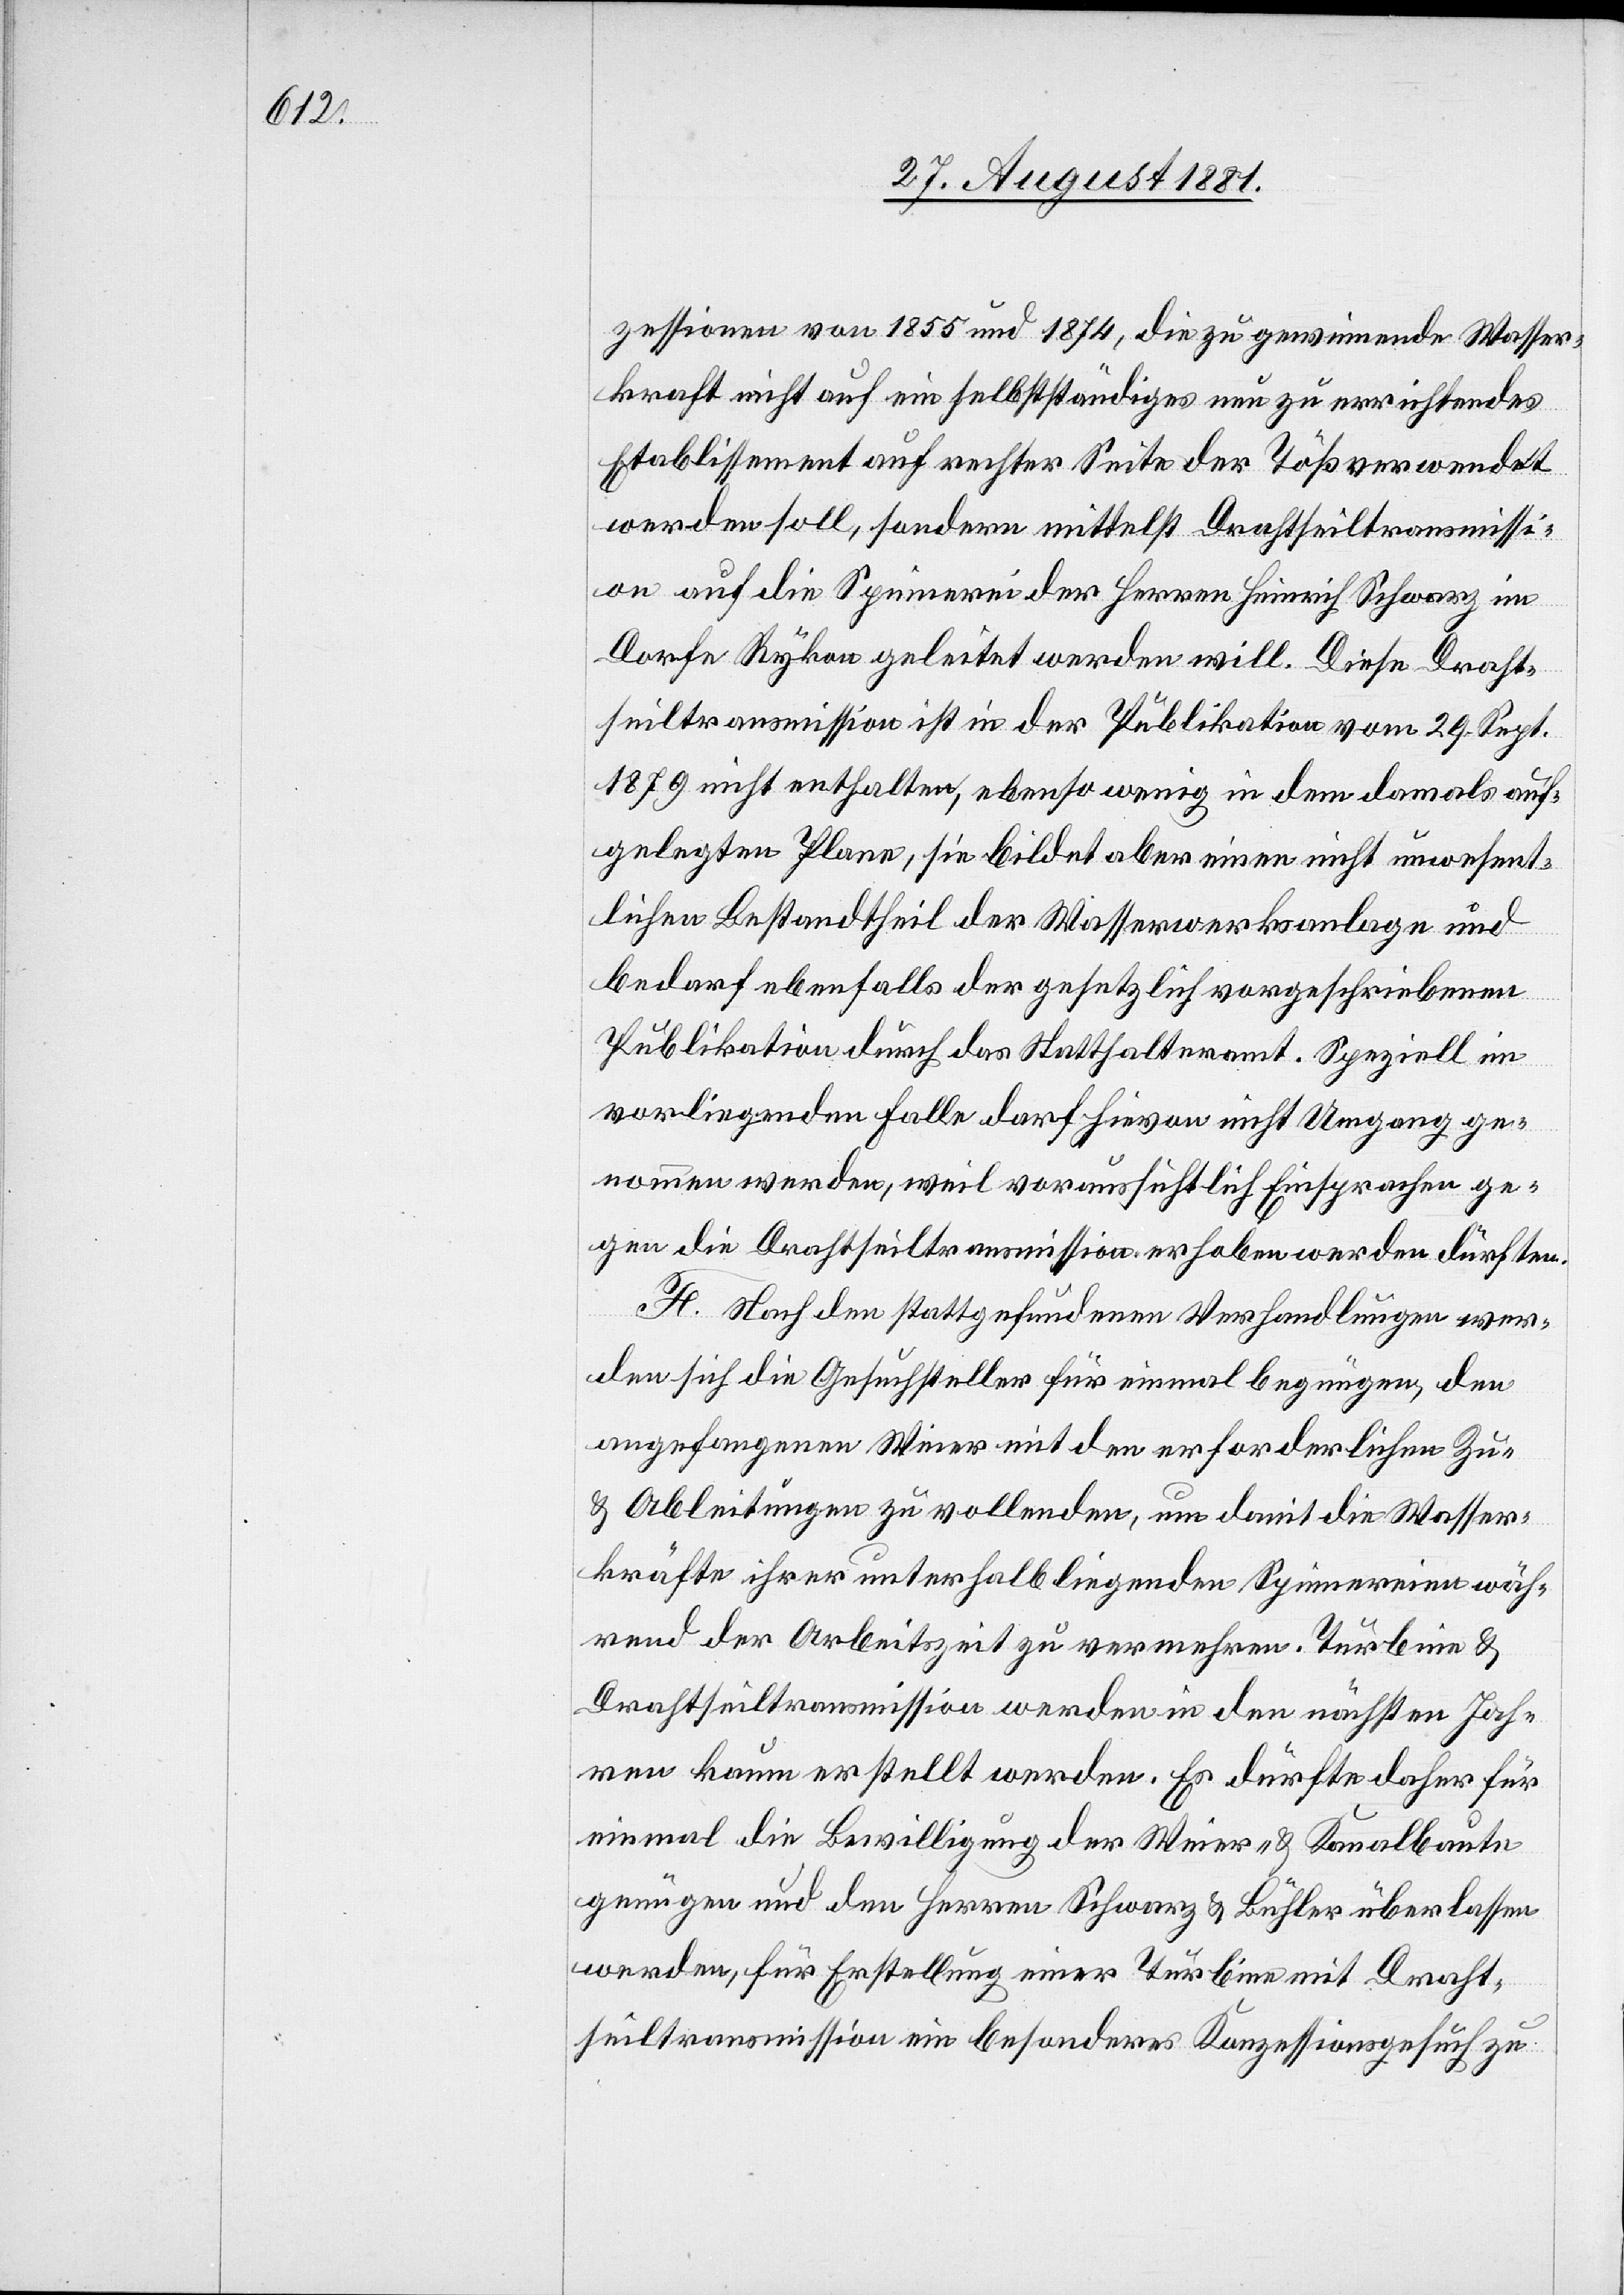
zessionen von 1855 und 1874, die zu gewinnende Wasser¬
kraft nicht auf ein selbstständiges neu zu errichtendes
Etablissement auf rechter Seite der Töß verwendet
werden soll, sondern mittelst Drahtseiltransmissi¬
on auf die Spinnerei der Herren Heinrich Schwarz im
Dorfe Rykon geleitet werden will. Diese Draht¬
seiltransmission ist in der Publikation vom 29. Sept.
1879 nicht enthalten, ebenso wenig in dem damals auf¬
gelegten Plane, sie bildet aber einen nicht unwesent¬
lichen Bestandtheil der Wasserwerksanlage und
bedarf ebenfalls der gesetzlich vorgeschriebenen
Publikation durch das Statthalteramt. Speziell im
vorliegenden Falle darf hievon nicht Umgang ge¬
nommen werden, weil voraussichtlich Einsprachen ge¬
gen die Drahtseiltransmission erhoben werden dürften.
F. Nach den stattgefundenen Verhandlungen wer¬
den sich die Gesuchsteller für einmal begnügen, den
angefangenen Weier mit den erforderlichen Zu-
& Ableitungen zu vollenden, um damit die Wasser¬
kräfte ihrer unterhalb liegenden Spinnereien wäh¬
rend der Arbeitszeit zu vermehren. Turbine &
Drahtseiltransmission werden in den nächsten Jah¬
ren kaum erstellt werden. Es dürfte daher für
einmal die Bewilligung der Weier- & Kanalbaute
genügen und den Herren Schwarz & Bühler überlassen
werden, für Erstellung einer Turbine mit Draht¬
seiltransmission ein besonderes Konzessionsgesuch zu